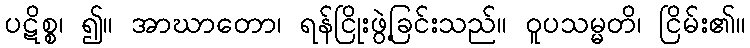
ပဋိစ္စ၊ ၍။ အာဃာတော၊ ရန်ငြိုးဖွဲ့ခြင်းသည်။ ဝူပသမ္မတိ၊ ငြိမ်း၏။